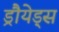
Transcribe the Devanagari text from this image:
ड्रौयेड्स